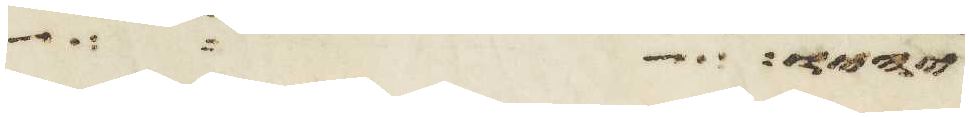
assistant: יהוה